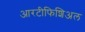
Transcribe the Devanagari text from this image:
आरटीफिशिअल